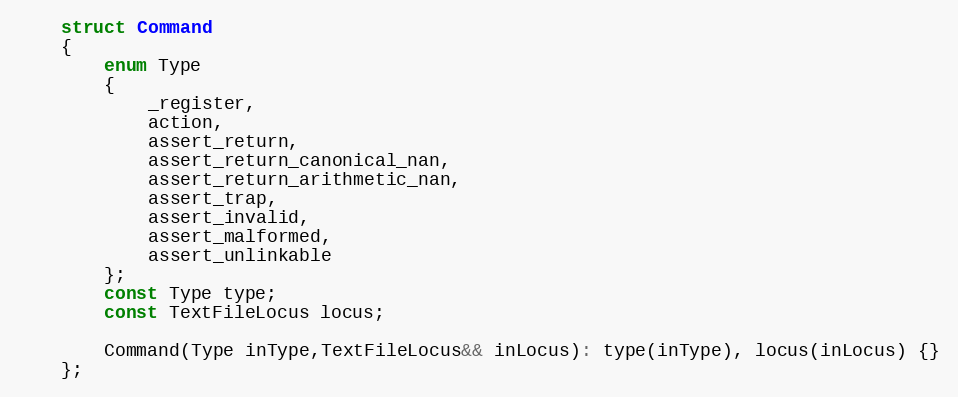
Language: C
	struct Command
	{
		enum Type
		{
			_register,
			action,
			assert_return,
			assert_return_canonical_nan,
			assert_return_arithmetic_nan,
			assert_trap,
			assert_invalid,
			assert_malformed,
			assert_unlinkable
		};
		const Type type;
		const TextFileLocus locus;

		Command(Type inType,TextFileLocus&& inLocus): type(inType), locus(inLocus) {}
	};